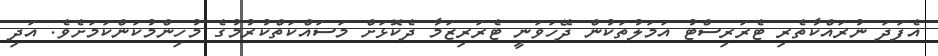
އެފަދަ ނުރައްކާތެރި ޓެރަރިސްޓު އަމަލުތަކުން ދޭހަވަނީ ޓެރަރިޒަމާ ދެކޮޅަށް މަަސައްކަތްކުރުމުގެ މުހިންމުކަންކަމަށެވެ. އަދި